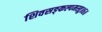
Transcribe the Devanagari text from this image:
शिवसङ्कल्पमस्तु॥६॥